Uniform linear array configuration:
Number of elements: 4
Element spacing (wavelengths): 0.75
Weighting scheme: uniform
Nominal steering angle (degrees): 0
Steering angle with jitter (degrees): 1.382
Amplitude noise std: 0.05
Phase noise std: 0.05

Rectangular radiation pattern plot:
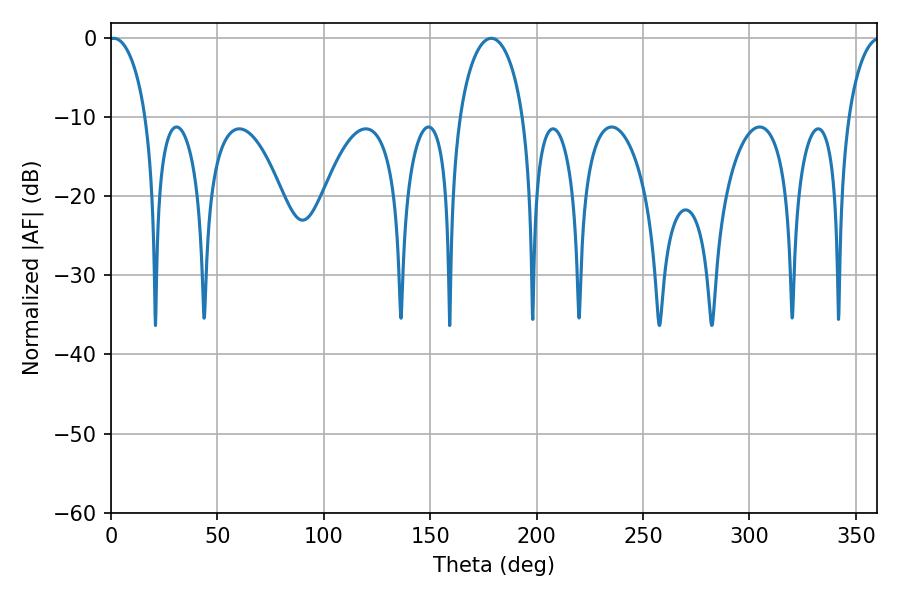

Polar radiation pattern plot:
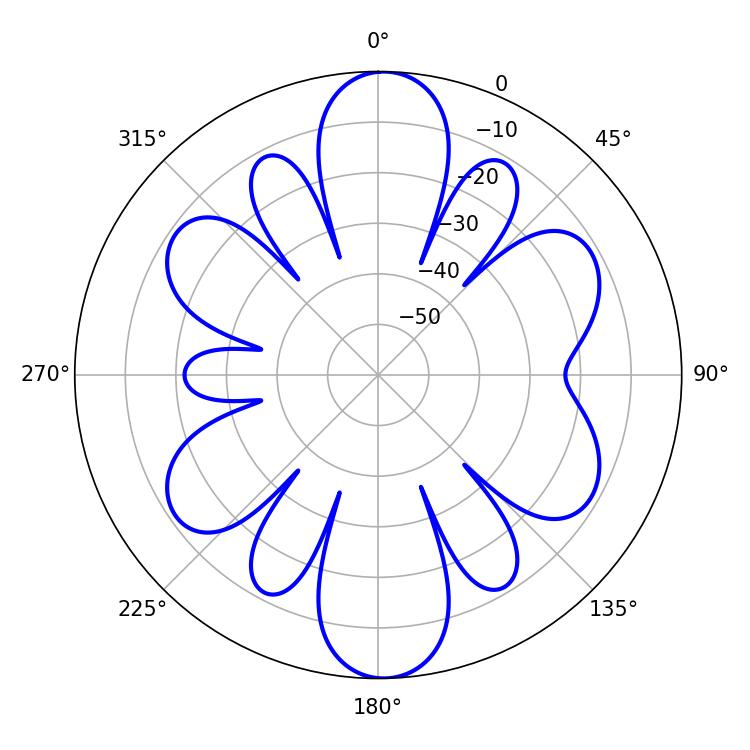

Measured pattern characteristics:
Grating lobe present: TRUE
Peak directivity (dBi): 19.101
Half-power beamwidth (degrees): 9.9
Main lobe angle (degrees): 1.26